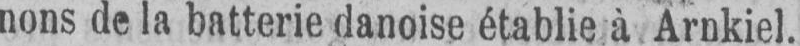
nons de la batterie danoise établie à Arnkiel.